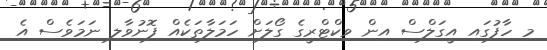
މި ހާފުގައި އީގަލްސް އިން ވިކްޓްރީގެ ގޯލަށް ހަމަލާތަކެއް ފޮނުވާލި ނަމަވެސް އެ